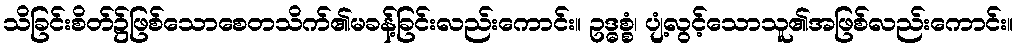
သိခြင်းစိတ်၌ဖြစ်သောစေတသိက်၏မခန့်ခြင်းလည်းကောင်း။ ဥဒ္ဓစ္စံ၊ ပျံ့လွင့်သောသူ၏အဖြစ်လည်းကောင်း။